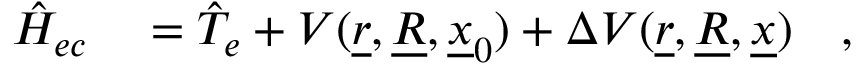
\begin{array} { r l } { \hat { H } _ { e c } } & { { } = \hat { T } _ { e } + V ( \underline { { r } } , \underline { { R } } , \underline { { x } } _ { 0 } ) + \Delta V ( \underline { { r } } , \underline { { R } } , \underline { { x } } ) \quad , } \end{array}